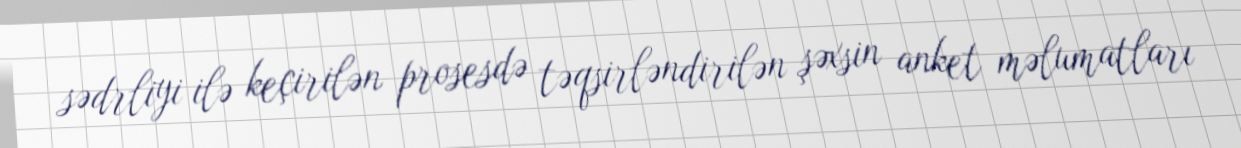
sədrliyi ilə keçirilən prosesdə təqsirləndirilən şəxsin anket məlumatları